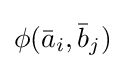
\phi ({\bar {a}}_{i},{\bar {b}}_{j})